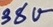
Text: 38V